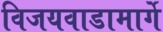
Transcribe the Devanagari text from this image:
विजयवाडामार्गे